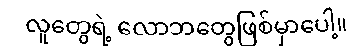
လူတွေရဲ့ လောဘတွေဖြစ်မှာပေါ့။